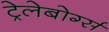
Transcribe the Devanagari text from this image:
ट्रेलेबोर्ग्स